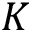
K